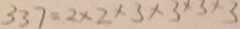
3 3 7 = 2 \times 2 \times 3 \times 3 \times 3 \times 3